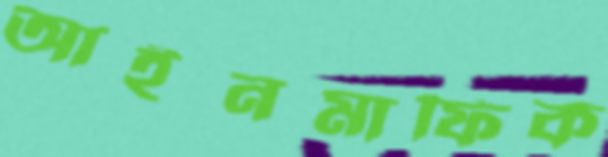
আইনমাফিক